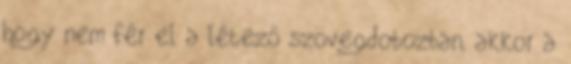
hogy nem fér el a létező szövegdobozban, akkor a